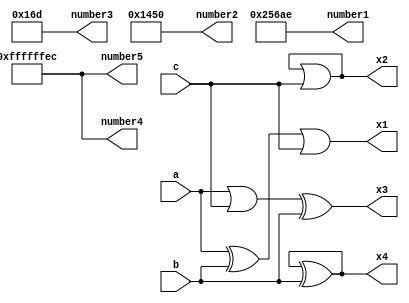
/* Topics:
    - Blocking VS Non-blocking
    - Writing Numbers
*/

module Assignments(
    input a,b,c,
    output reg x1,x2,x3,x4,
    output[31:0] number1,number2,number3,number4,
    output signed[31:0] number5
);

    // Blocking assignments
    always @(a, b, c)
    begin
        x1 = a;
        x1 = x1 ^ b; // it is (a ^ b) because x1 here is equal to a
        x1 = x1 | c; // it is (a^b)|c because x1 here is equal to a^b
    end
    
    // Nonblocking assignments
    always @(a, b, c)
    begin
        x2 <= a;
        x2 <= x2 ^ b;
        x2 <= x2 | c; /* Only the last one will be considered 
        x2 is feedback or gate with c*/
    end    

    // Changing the order of blocking assignments
    always @(a, b, c)
    begin
        x3 = a;
        x3 = x3| c; // it is (a | c) because here x3 is equal to a
        x3 = x3 ^ b;// it is (a|c)^b because here x3 is equal to (a|c)
    end

    // Changing the order of nonblocking assignments
    always @(a, b, c)
    begin
        x4 <= a;
        x4 <= x4 | c;
        x4 <= x4 ^ b; /* Only the last one will be considered 
        x4 is feedback xor gate with b*/
    end  


    /* Important Notes:
        - In a combinational always block, use blocking assignments 
        - In a clocked always block, use non-blocking assignments
    */

    //! Writing Numbers: (You need not revise number systems and 2's complement)
    /* (-) (Size) ' (s) (Base) (Value)
     Default ---> positive unsigned (if you but - before the number or 
     you but s after the comma, this number will be treated as signed)
        Base:   
            b---> binary (0,1)
            o---> octal  (0,1,2,3,4,5,6,7)
            d---> decimal (0,1,2,3,4,5,6,7,8,9)
            h---> hexadecimal (0,1,2,3,4,5,6,7,8,9,a,b,c,d,e,f)
            

    if the value is smaller than the size the MSBs (Most Significant Bits) will be
    filled with 1's or 0's based on it is singed or not signed numbers

    if the value is grater than the size the MSBs will be trancuated (ingored)
    */  

    assign number1 = 20'h256ae;

    assign number2 = 32'd5200;

    assign number3 =  9'o555;

    assign number4 = -6'b10100; /*010100 is 20 in decimal but I want -20 here
    so it will be 2's complement 101100, this value is 6 bits but I'm saving it in 32 bits variable
    so it will be filled in this case with ones (111111...101100) but number4 is defined as unsigned
    so the value inside it will be 4294967284 in decimal*/

    assign number5 = -6'b10100; /* Same as number4, but here I'm saving the value 
    (11111...101100) inside signed variable, so the value in decidmal will be -20*/
endmodule